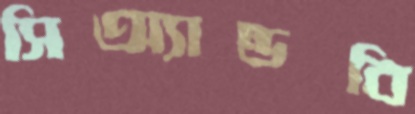
সিঅ্যান্ডবি